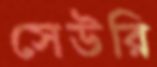
সেউরি